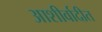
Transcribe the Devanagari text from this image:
आशीर्वादीत